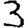
Digit: 3